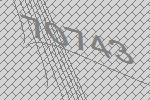
70743